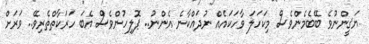
ޔަޤީންނުވެ ބޭބެމެންވެސް މިކަހަލަ ވާހަކައެއް ނުދައްކާނެ އެންނު.. ޕޮލިހުންވެސް އެބަ ހަރަކާތްތެެރިވޭ.. ވަރަށް